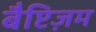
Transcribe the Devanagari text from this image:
बैप्टिज़म